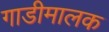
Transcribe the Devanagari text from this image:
गाडीमालक